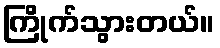
ကြိုက်သွားတယ်။